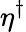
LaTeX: \eta^{\dagger}